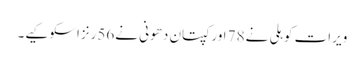
ویرات کوہلی نے78 اورکپتان دھونی نے56رنزاسکوکیے۔